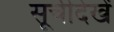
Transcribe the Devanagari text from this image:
सूचीदेखें